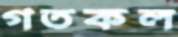
গতকল